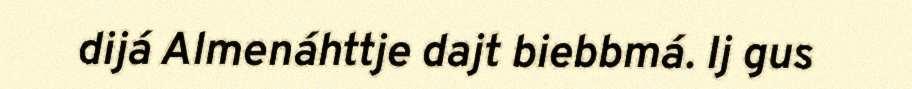
dijá Almenáhttje dajt biebbmá. Ij gus